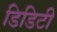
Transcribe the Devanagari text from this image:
डिडिटी